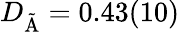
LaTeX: D_{\mathrm{\tilde{A}}}=0.43(10)